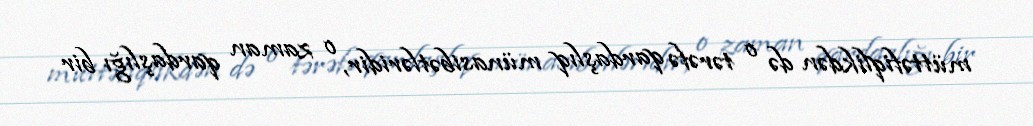
müttəfiqlikdən də o tərəfə qardaşlıq münasibətləridir, o zaman qardaşlığı bir